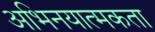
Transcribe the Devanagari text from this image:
अभिनयात्मकता